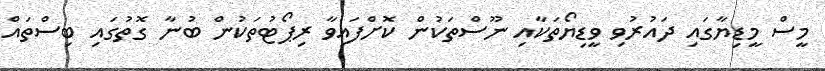
މީސް މީޑިޔާގައި ދައުރުވި ވީޑިޔޯތަކާއި ނޫސްތަކުން ކޮށްފައިވާ ރިޕޯޓުތަކުން ބުނާ ގޮތުގައި ބިސްތައް